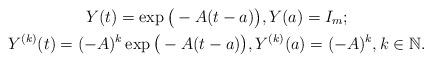
LaTeX: \begin{gather*}Y(t)= \operatorname{exp}\big(-A(t-a)\big), Y(a) = I_{m}; \\Y^{(k)}(t)= (-A)^k \operatorname{exp}\big(-A(t-a)\big), Y^{(k)}(a) = (-A)^k, k \in \mathbb{N}.\end{gather*}